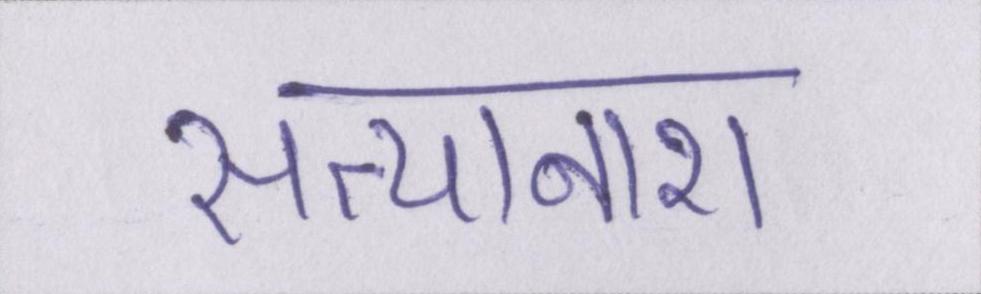
सत्यानाश